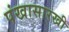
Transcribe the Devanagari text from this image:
पंखासारखी